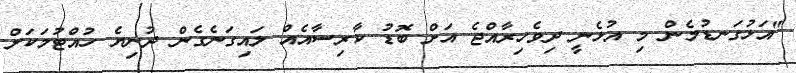
"އަޅުގަނޑުމެން މި އުޅެނީ ދިވެހިރާއްޖެ އަށް ބޮޑު ކާރިސާއެއް ލައިގަނެގެން ދުނިޔެ ހުއްޓުމަކަށް